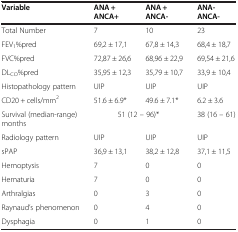
<table><thead><tr><td><b>Variable</b></td><td><b>ANA + ANCA+</b></td><td><b>ANA + ANCA-</b></td><td><b>ANA-ANCA-</b></td></tr></thead><tbody><tr><td>Total Number</td><td>7</td><td>10</td><td>23</td></tr><tr><td>FEV<sub>1</sub>%pred</td><td>69,2 ± 17,1</td><td>67,8 ± 14,3</td><td>68,4 ± 18,7</td></tr><tr><td>FVC%pred</td><td>72,87 ± 26,6</td><td>68,96 ± 22,9</td><td>69,54 ± 21,6</td></tr><tr><td>DL<sub>CO</sub>%pred</td><td>35,95 ± 12,3</td><td>35,79 ± 10,7</td><td>33,9 ± 10,4</td></tr><tr><td>Histopathology pattern</td><td>UIP</td><td>UIP</td><td>UIP</td></tr><tr><td>CD20 + cells/mm<sup>2</sup></td><td>51.6 ± 6.9*</td><td>49.6 ± 7.1*</td><td>6.2 ± 3.6</td></tr><tr><td>Survival (median-range) months</td><td colspan="2">51 (12 – 96)*</td><td>38 (16 – 61)</td></tr><tr><td>Radiology pattern</td><td>UIP</td><td>UIP</td><td>UIP</td></tr><tr><td>sPAP</td><td>36,9 ± 13,1</td><td>38,2 ± 12,8</td><td>37,1 ± 11,5</td></tr><tr><td>Hemoptysis</td><td>7</td><td>0</td><td>0</td></tr><tr><td>Hematuria</td><td>7</td><td>0</td><td>0</td></tr><tr><td>Arthralgias</td><td>0</td><td>3</td><td>0</td></tr><tr><td>Raynaud’s phenomenon</td><td>0</td><td>4</td><td>0</td></tr><tr><td>Dysphagia</td><td>0</td><td>1</td><td>0</td></tr></tbody></table>